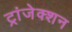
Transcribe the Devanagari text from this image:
ट्रांजेक्‍शन